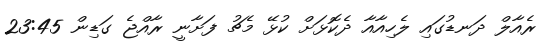
ރެއާލް ދަނޑުގައި ލެހިއާއާ ދެކޮޅަށް ކުޅޭ މެޗު ފަށާނީ ރާއްޖެ ގަޑިން 23:45